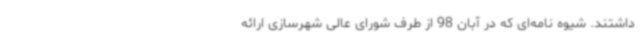
داشتند. شیوه نامه‌ای که در آبان 98 از طرف شورای عالی شهرسازی ارائه